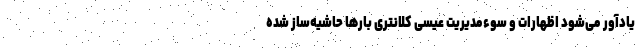
یادآور می‌شود اظهارات و سوء‌مدیریت عیسی کلانتری بار‌ها حاشیه‌ساز شده